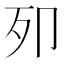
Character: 𭅵